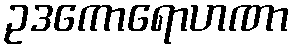
ဥဒကောရောဟဏာ